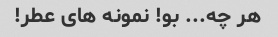
هر چه... بو! نمونه های عطر!